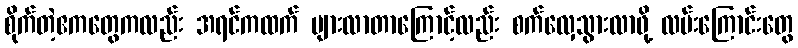
စိုက်တဲ့ဧကတွေကလည်း အရင်ကထက် များလာတာကြောင့်လည်း စက်လှေသွားလာဖို့ လမ်းကြောင်းတွေ